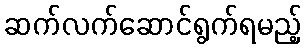
ဆက်လက်ဆောင်ရွက်ရမည့်